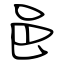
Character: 邑